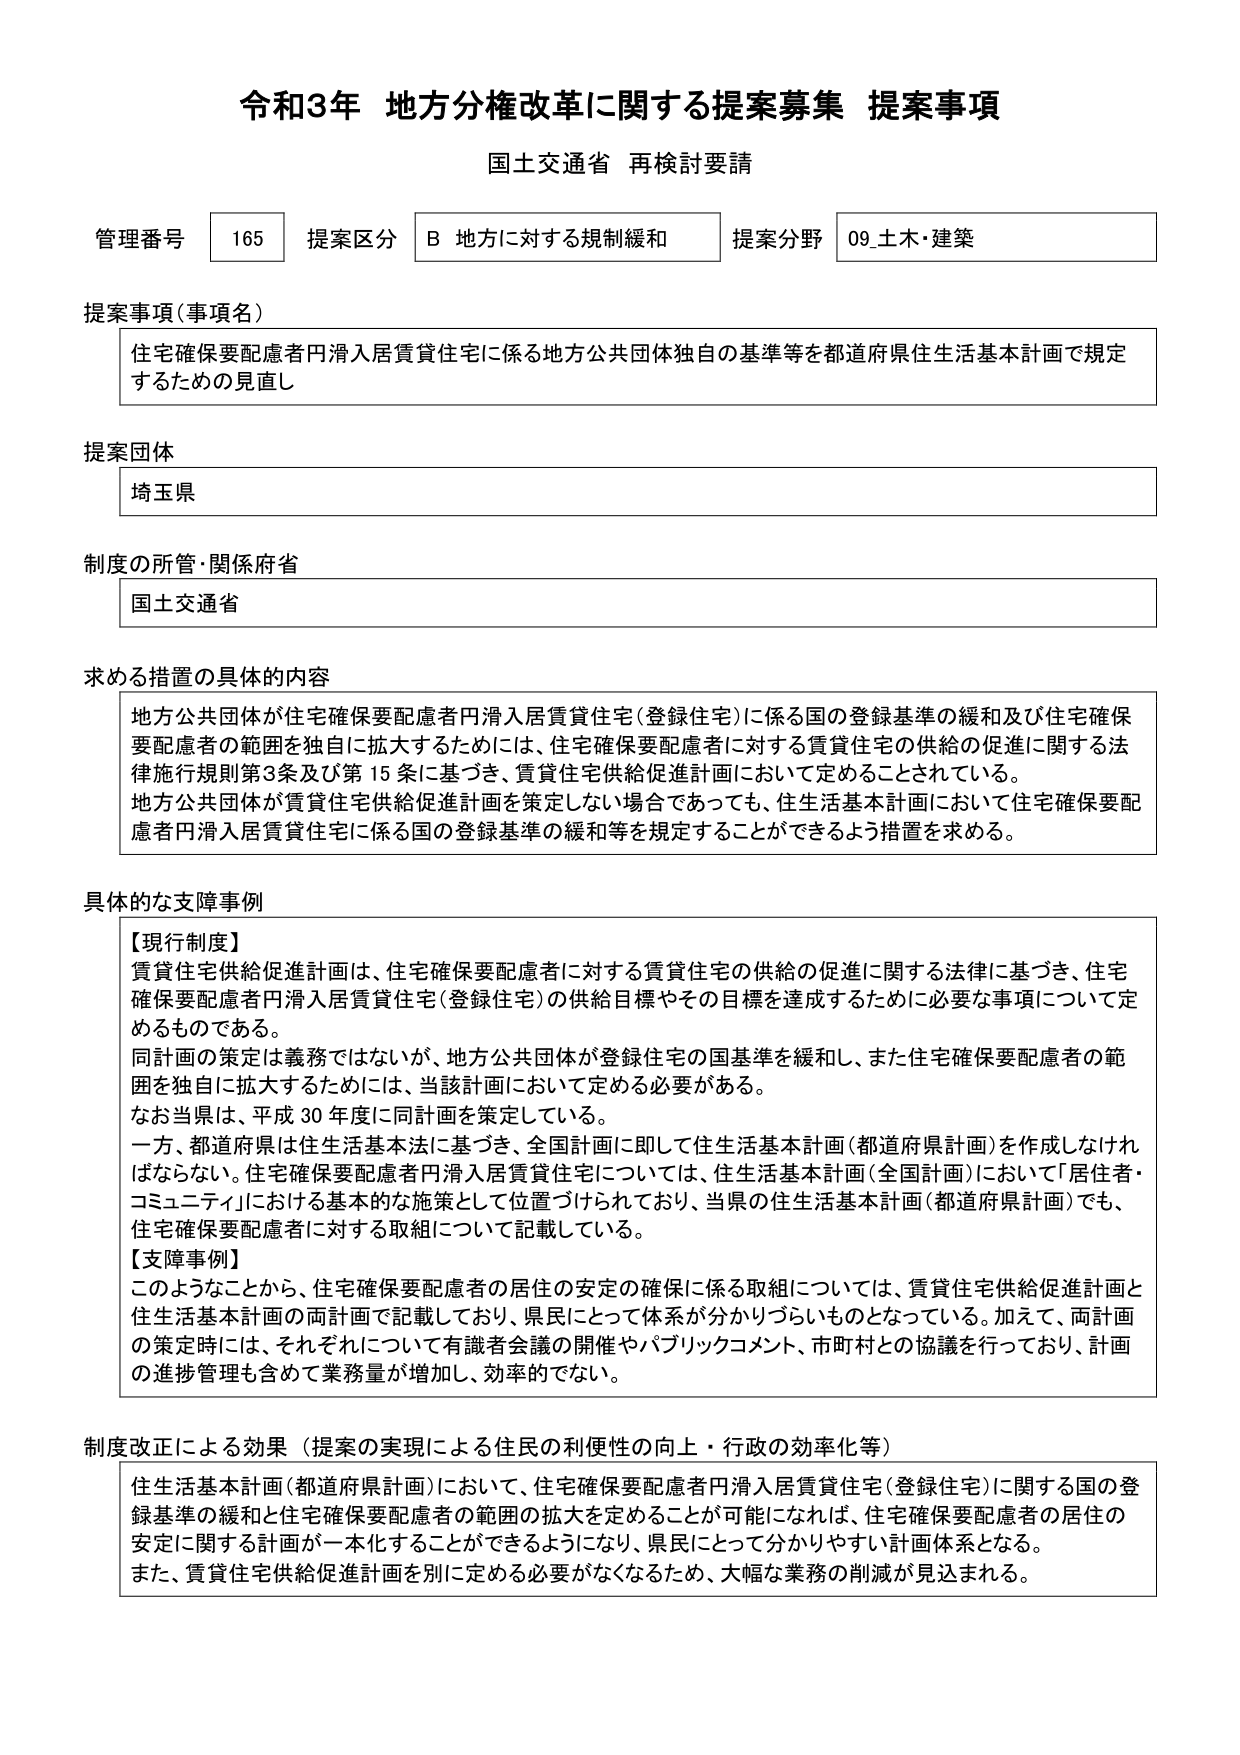
令和3年 地方分権改革に関する提案募集 提案事項
国土交通省 再検討要請

管理番号 165 提案区分 B 地方に対する規制緩和 提案分野 09_土木・建築

提案事項（事項名）
住宅確保要配慮者円滑入居賃貸住宅に係る地方公共団体独自の基準等を都道府県住生活基本計画で規定するための見直し

提案団体
埼玉県

制度の所管・関係府省
国土交通省

求める措置の具体的内容
地方公共団体が住宅確保要配慮者円滑入居賃貸住宅（登録住宅）に係る国の登録基準の緩和及び住宅確保要配慮者の範囲を独自に拡大するためには、住宅確保要配慮者に対する賃貸住宅の供給の促進に関する法律施行規則第3条及び第15条に基づき、賃貸住宅供給促進計画において定めることされている。
地方公共団体が賃貸住宅供給促進計画を策定しない場合であっても、住生活基本計画において住宅確保要配慮者円滑入居賃貸住宅に係る国の登録基準の緩和等を規定することができるよう措置を求める。

具体的な支障事例
【現行制度】
賃貸住宅供給促進計画は、住宅確保要配慮者に対する賃貸住宅の供給の促進に関する法律に基づき、住宅確保要配慮者円滑入居賃貸住宅（登録住宅）の供給目標やその目標を達成するために必要な事項について定めるものである。
同計画の策定は義務ではないが、地方公共団体が登録住宅の国基準を緩和し、また住宅確保要配慮者の範囲を独自に拡大するためには、当該計画において定める必要がある。
なお当県は、平成30年度に同計画を策定している。
一方、都道府県は住生活基本法に基づき、全国計画に即して住生活基本計画（都道府県計画）を作成しなければならない。住宅確保要配慮者円滑入居賃貸住宅については、住生活基本計画（全国計画）において「居住者・コミュニティ」における基本的な施策として位置づけられており、当県の住生活基本計画（都道府県計画）でも、住宅確保要配慮者に対する取組について記載している。
【支障事例】
このようなことから、住宅確保要配慮者の居住の安定の確保に係る取組については、賃貸住宅供給促進計画と住生活基本計画の両計画で記載しており、県民にとって体系が分かりづらいものとなっている。加えて、両計画の策定時には、それぞれについて有識者会議の開催やパブリックコメント、市町村との協議を行っており、計画の進捗管理も含めて業務量が増加し、効率的でない。

制度改正による効果（提案の実現による住民の利便性の向上・行政の効率化等）
住生活基本計画（都道府県計画）において、住宅確保要配慮者円滑入居賃貸住宅（登録住宅）に関する国の登録基準の緩和と住宅確保要配慮者の範囲の拡大を定めることができるようになれば、住宅確保要配慮者の居住の安定に関する計画が一本化することができるようになり、県民にとって分かりやすい計画体系となる。
また、賃貸住宅供給促進計画を別に定める必要がなくなるため、大幅な業務の削減が見込まれる。